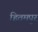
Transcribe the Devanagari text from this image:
हितमपुर